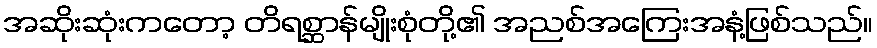
အဆိုးဆုံးကတော့ တိရစ္ဆာန်မျိုးစုံတို့၏ အညစ်အကြေးအနံ့ဖြစ်သည်။